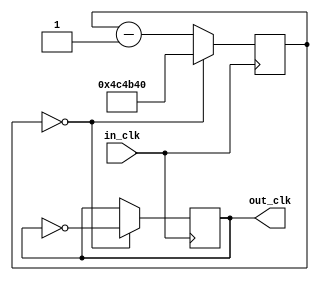
module output_Clk(in_clk, out_clk);
	input in_clk;
	output reg out_clk;
	reg [31:0] counter;
	parameter counter_max = 5_000_000;
	
	initial
	begin
		out_clk = 0;
	end
	
	always@(posedge in_clk) begin
		if (counter == 0) begin
			counter <= counter_max;
			out_clk <= !out_clk;
		end
		else
			counter <= counter - 1;
	end
endmodule